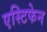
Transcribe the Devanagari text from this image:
एस्टिफेन